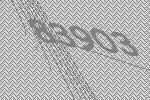
83903